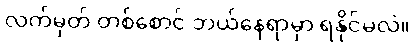
လက်မှတ် တစ်စောင် ဘယ်နေရာမှာ ရနိုင်မလဲ။